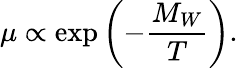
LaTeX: \mu\propto\exp\left(-{\frac{M_{W}}{T}}\right).